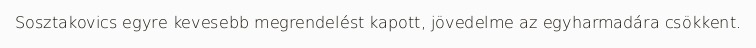
Sosztakovics egyre kevesebb megrendelést kapott, jövedelme az egyharmadára csökkent.